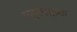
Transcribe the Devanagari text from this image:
पत्रवाहक